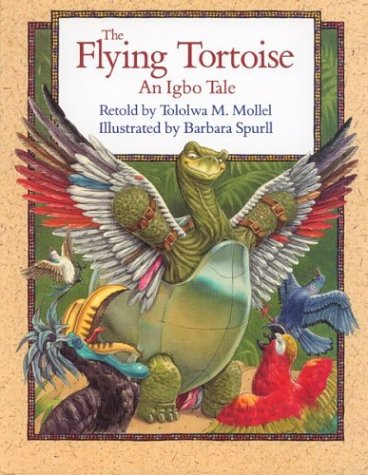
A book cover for The Flying Tortoise: An Igbo Tale; Tololwa M. Mollel; Children's Books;